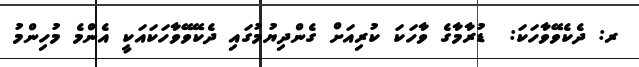
ރ: ދެކެވޭވާހަކަ:  ޑުރާމާގެ ވާހަކަ ކުރިއަށް ގެންދިޔުމުގައި ދެކޭވޭވާހަކައަކީ އެންމެ މުހިންމު